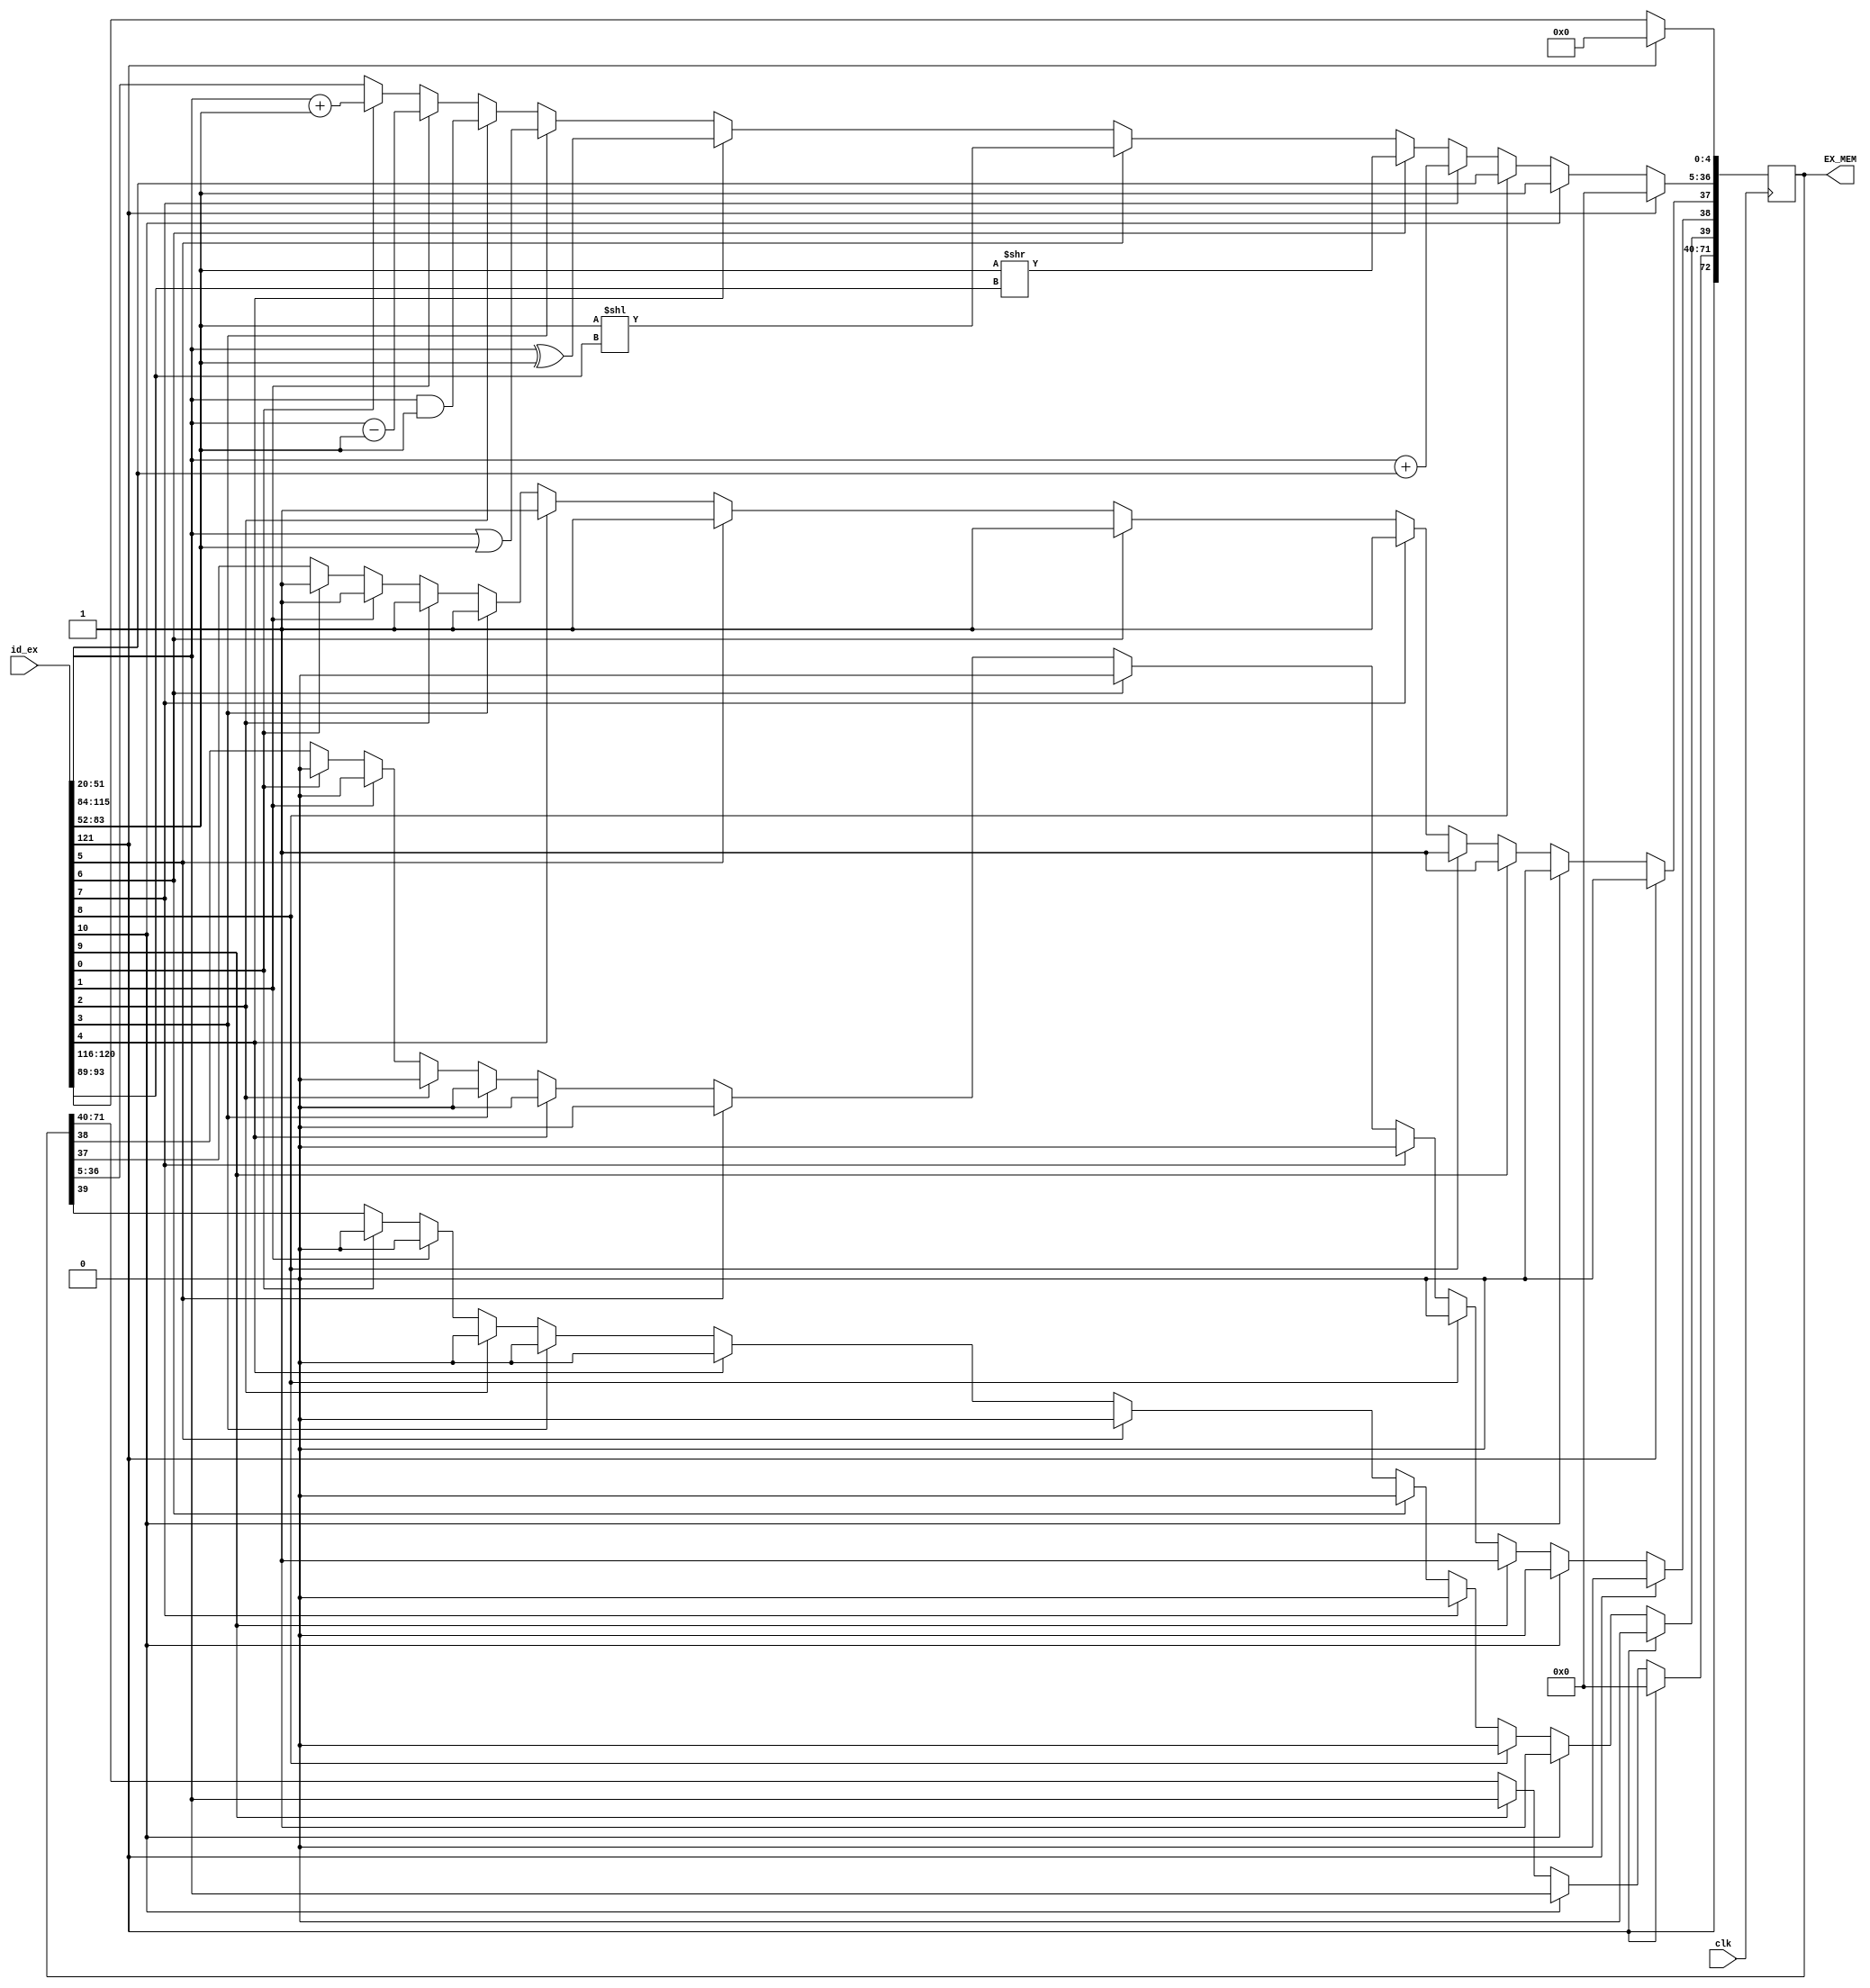
`timescale 1ns / 1ps
//////////////////////////////////////////////////////////////////////////////////
// Company: 
// Engineer: 
// 
// Design Name: 
// Module Name:    EXECUTE 
// Project Name: 
// Target Devices: 
// Tool versions: 
// Description: 
//
// Dependencies: 
//
// Revision: 
// Revision 0.01 - File Created
// Additional Comments: 
//
//////////////////////////////////////////////////////////////////////////////////
/*
we need to figure out the mux on the decode side and the mux that is post alu
that should select between alu_out and the shift
*/

module EXECUTE(EX_MEM, id_ex, clk);
	input [121:0] id_ex;
	 input clk;
	 output reg [72:0]EX_MEM;
	 wire [31:0] source1;       //result pulled from rs
	 wire [31:0] source2;       //result pulled from rt
	 wire [4:0] shamt;          //part of immediate word from previous block, R type op
	 wire [31:0] sext_imm;      // sign extended immediate
	 
	 assign source1 = id_ex[51:20];     //
	 assign source2 = id_ex[83:52];
	 assign sext_imm = id_ex[115:84];
	 assign shamt = id_ex[93:89];
    
	 initial begin
	 EX_MEM <= 0;
	 end
	
//begin at positive edge of the clock
    always @(posedge clk) begin
	 
	  //pass the address along
       EX_MEM[4:0] <= id_ex[120:116];
    
	 
	 
	 
// use counting trick to only pass write to data_rf with data 1 time per 5 cycles
/* 
 if(id_ex[10] == 0) begin
	EX_MEM[37] <=1;
	//count <=0;
	end
	if(id_ex[10] == 1) begin
	EX_MEM[37] <=0;
	//count <=0;
	end
*/

	
//ALU part
	if( id_ex[0])
	 begin
	    EX_MEM[36:5] <= source1 + source2;
		 EX_MEM[38]<=0;
		 EX_MEM[39]<=0;
		 EX_MEM[37]<=1;
		
	 end
	 if( id_ex[1])
	 begin
	    EX_MEM[36:5] <= source1 - source2;
		 EX_MEM[38]<=0;
		 EX_MEM[39]<=0;
		 EX_MEM[37]<=1;
	//	 suben <= 0;
		// $display("suben = %b", suben);
	 end
	 if( id_ex[2])
	 begin
	    EX_MEM[36:5] <= source1 & source2;
		EX_MEM[38]<=0;
		 EX_MEM[39]<=0;
		 EX_MEM[37]<=1;
		// anden <= 0;
		// $display("anden = %b", anden);
	 end
	 if(id_ex[3])
	 begin
	    EX_MEM[36:5] <= source1 | source2;
		EX_MEM[38]<=0;
		 EX_MEM[39]<=0;
		 EX_MEM[37]<=1;
	//	 oren <= 0;
	//	 $display("oren = %b", oren);
	 end
	 //xor
	 if( id_ex[4])
	 begin
	    EX_MEM[36:5] <= source1 ^ source2;
		 EX_MEM[38]<=0;
		 EX_MEM[39]<=0;
		 EX_MEM[37]<=1;
	//shift left
	 end
	if(id_ex[5])
	 begin
	    EX_MEM[36:5] <= source2 << shamt;
		 EX_MEM[38]<=0;
		 EX_MEM[39]<=0;
		EX_MEM[37]<=1;
	//shift right
	 end
	 if(id_ex[6])
	 begin
	    EX_MEM[36:5] <= source2 >> shamt;
		 EX_MEM[38]<=0;
		 EX_MEM[39]<=0;
		 EX_MEM[37]<=1;
	 end
	//add immediate
	if(id_ex[7])
	 begin
	    EX_MEM[36:5] <= source1 + sext_imm;
		 EX_MEM[38]<=0;
		 EX_MEM[39]<=0;
		 EX_MEM[37]<=1;
	 end
	 //load immediate which 
	if(id_ex[8])
	 begin 
		EX_MEM[36:5] <= sext_imm;
		EX_MEM[38]<=0;
		 EX_MEM[39]<=0;
		 EX_MEM[37]<=1;
	//	EX_MEM[37] = 1;
	 end
	 //load word
	if(id_ex[9])
	 begin
	   EX_MEM[38] <= 1;
		EX_MEM[71:40] <= source1;  
		EX_MEM[37]<=1;
		//{ sext_imm[15:0], source1};
	 end
	// store word
	if(id_ex[10])
	 begin
	   EX_MEM[39] <= 1;
		EX_MEM[38] <= 0;
		EX_MEM[37] <= 0;
		EX_MEM[36:5] <= source2;//data
		EX_MEM[71:40] <= source1;//address
	 end
    
	 if(id_ex[121] == 1) begin
	 EX_MEM <= 0;
    end
	 EX_MEM[72] <= id_ex[121];
end
endmodule